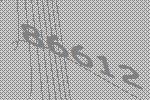
86612